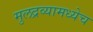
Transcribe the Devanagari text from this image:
मुलद्रव्यामध्येच